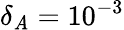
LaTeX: \delta_{\mathit{A}}=10^{-3}